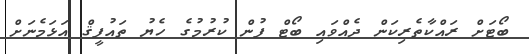
ބޯޓަށް ރައްކާތެރިކަން ދެއްވައި ބޯޓް ފުން ކުރުމުގެ ހެޔު ތައުފީޤް އަޅަމެނަށް